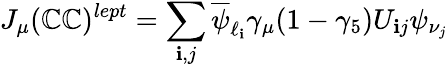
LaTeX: J_{\mu}(\mathbb{C}\mathbb{C})^{lept}=\sum_{\mathbf{i},j}\overline{{{{\psi}}}}_{\ell_{\mathbf{i}}}\gamma_{\mu}(1-\gamma_{5})U_{\mathbf{i}j}\psi_{\nu_{j}}